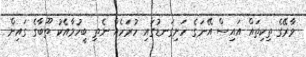
ވާރޭގެ ތިކިތައް އައިސް އޭނަގެ ހަށިގަނޑުގައި ހުރަހެއް ނެތި ބީހުމާއެކު ތޫބާގެ ގައިން